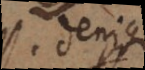
o denique